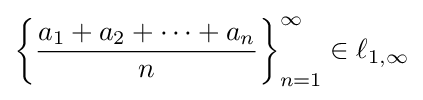
\left\{{\frac {a_{1}+a_{2}+\cdots +a_{n}}{n}}\right\}_{n=1}^{\infty }\in \ell _{1,\infty }